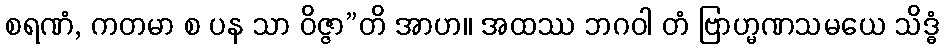
စရဏံ, ကတမာ စ ပန သာ ဝိဇ္ဇာ”တိ အာဟ။ အထဿ ဘဂဝါ တံ ဗြာဟ္မဏသမယေ သိဒ္ဓံ